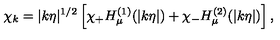
\chi _ { k } = | k \eta | ^ { 1 / 2 } \left[ \chi _ { + } H _ { \mu } ^ { ( 1 ) } ( | k \eta | ) + \chi _ { - } H _ { \mu } ^ { ( 2 ) } ( | k \eta | ) \right] ,